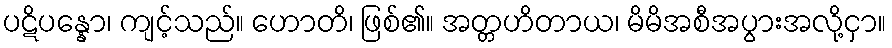
ပဋိပန္နော၊ ကျင့်သည်။ ဟောတိ၊ ဖြစ်၏။ အတ္တဟိတာယ၊ မိမိအစီအပွားအလို့ငှာ။